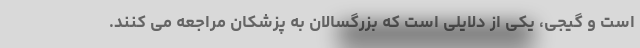
است و گیجی، یکی از دلایلی است که بزرگسالان به پزشکان مراجعه می کنند.